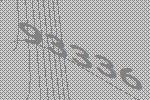
93336